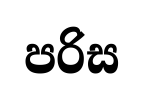
පරිස